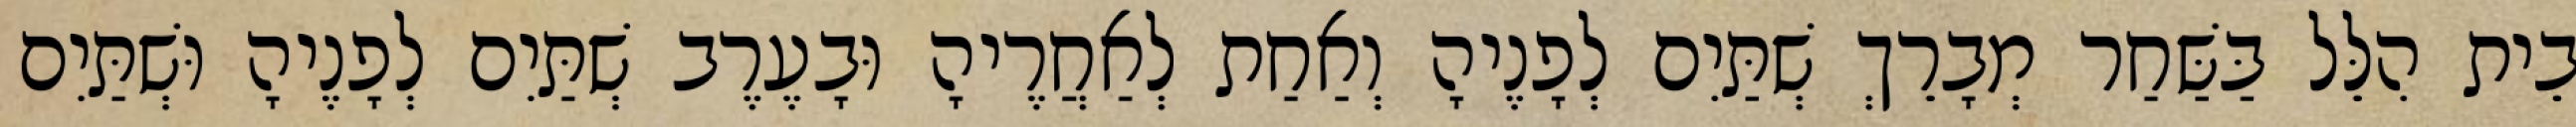
בֵית הִלֵּל בַּשַּׁחַר מְבָרֵךְ שְׁתַּיִם לְפָנֶיהָ וְאַחַת לְאַחֲרֶיהָ וּבָעֶרֶב שְׁתַּיִם לְפָנֶיהָ וּשְׁתַּיִם